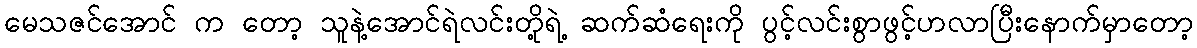
မေသဇင်အောင် က တော့ သူနဲ့အောင်ရဲလင်းတို့ရဲ့ ဆက်ဆံရေးကို ပွင့်လင်းစွာဖွင့်ဟလာပြီးနောက်မှာတော့